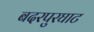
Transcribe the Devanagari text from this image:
बदरपुरघाट